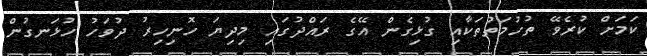
ކަމަށް ކުރެވޭ ތުހުމަތުތަކާއި ގުޅިގެން އޭގެ ރައްދުގައި މިދިޔަ ހޮނިހިރު ދުވަހު ހުޅަނގުން